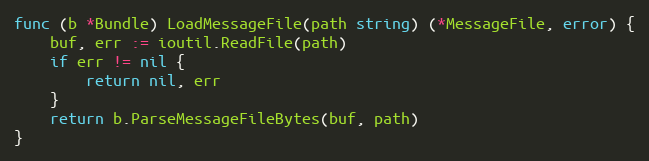
Language: Go
func (b *Bundle) LoadMessageFile(path string) (*MessageFile, error) {
	buf, err := ioutil.ReadFile(path)
	if err != nil {
		return nil, err
	}
	return b.ParseMessageFileBytes(buf, path)
}